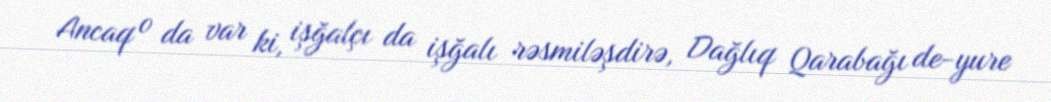
Ancaq o da var ki, işğalçı da işğalı rəsmiləşdirə, Dağlıq Qarabağı de-yure